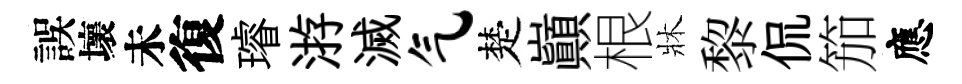
誤壞未復璿㳺滅气楚巔根牀黎侃笳應